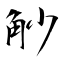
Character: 觘